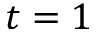
t = 1